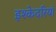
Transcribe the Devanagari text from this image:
इश्केदरियां